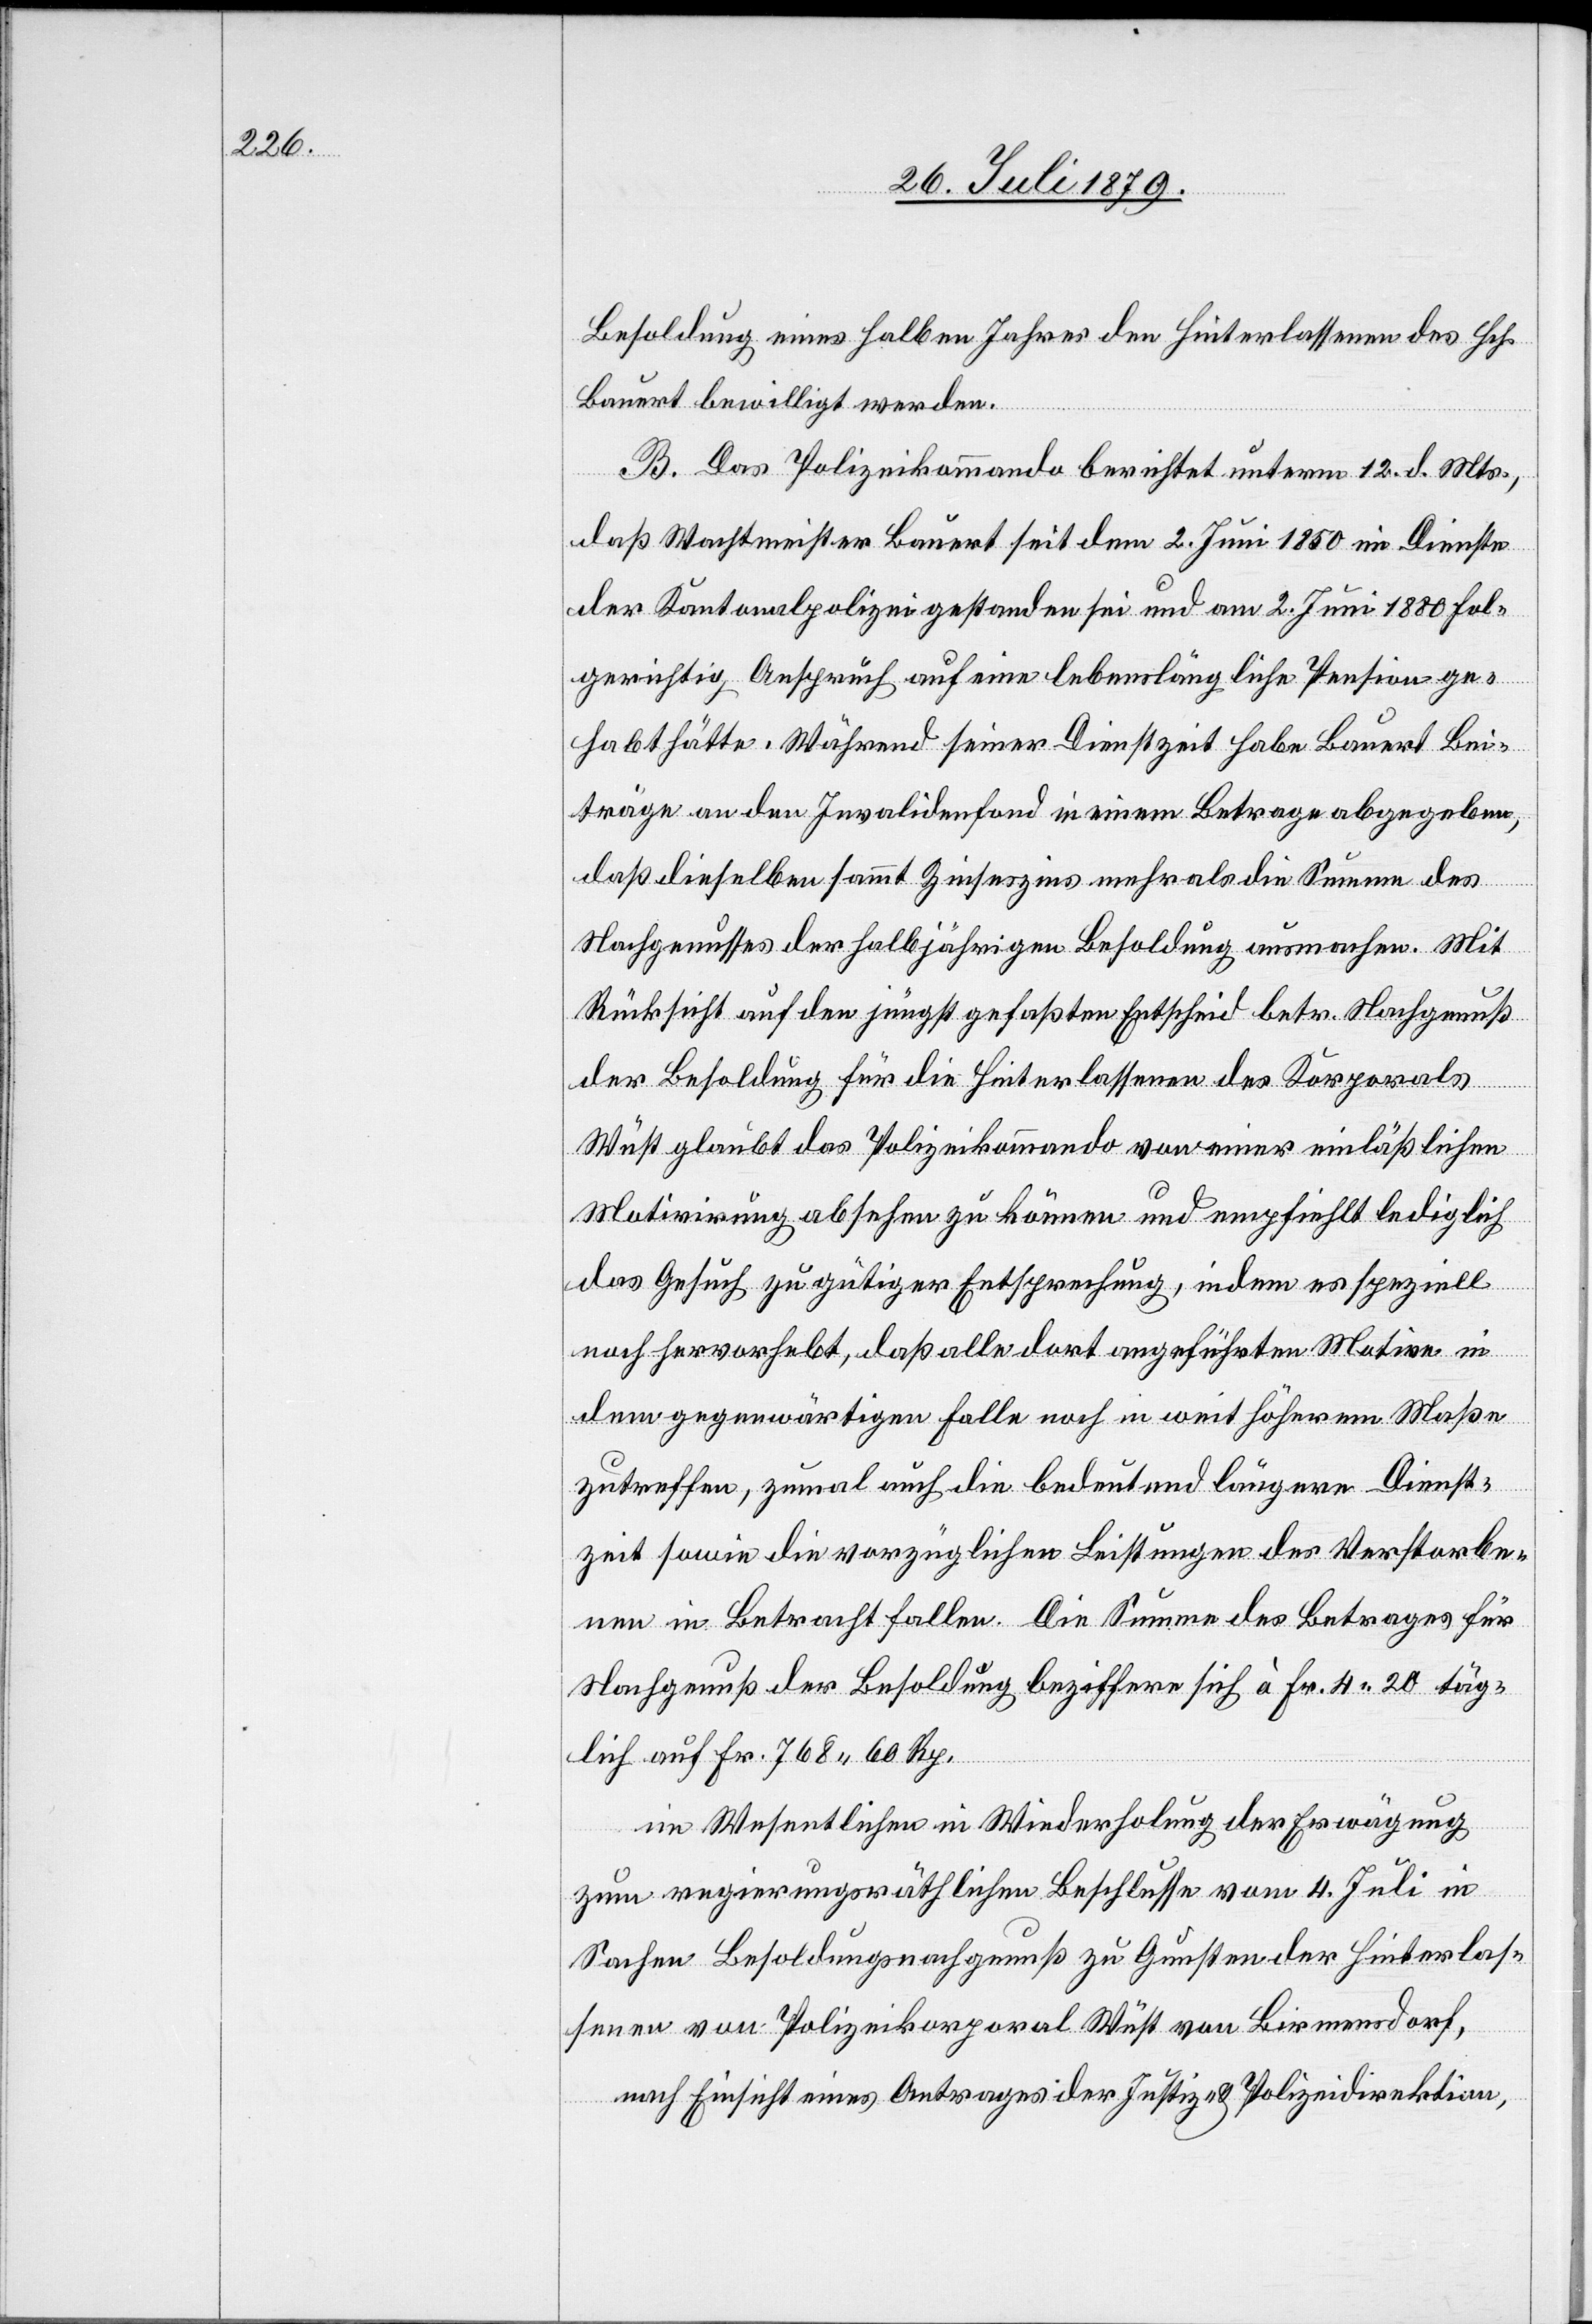
Besoldung eines halben Jahres den Hinterlassenen des Hch.
Bauert bewilligt werden.
B. Das Polizeikommando berichtet unterm 12. d. Mts.,
daß Wachtmeister Bauert seit dem 2. Juni 1850 im Dienste
der Kantonalpolizei gestanden sei und am 2. Juni 1880 fol¬
gerichtig Anspruch auf eine lebenslängliche Pension ge¬
habt hätte. Während seiner Dienstzeit habe Bauert Bei¬
träge an den Invalidenfond in einem Betrage abgegeben,
daß dieselben sammt Zinseszins mehr als die Summe des
Nachgenusses der halbjährigen Besoldung ausmachen. Mit
Rücksicht auf den jüngst gefaßten Entscheid betr. Nachgenuß
der Besoldung für die Hinterlassenen des Korporals
Wüst glaubt das Polizeikommando von einer einläßlichen
Motivirung absehen zu können und empfiehlt lediglich
das Gesuch zu gütiger Entsprechung, indem er speziell
noch hervorhebt, daß alle dort angeführten Motive in
dem gegenwärtigen Falle noch in weit höherm Maße
zutreffen, zumal auch die bedeutend längere Dienst¬
zeit sowie die vorzüglichen Leistungen der Verstorbe¬
nen in Betracht fallen. Die Summe des Betrages für
Nachgenuß der Besoldung beziffern sich à Fr. 4 20 täg¬
lich auf Fr. 768 60 Rp.
im Wesentlichen in Wiederholung der Erwägung
zum regierungsräthlichen Beschlusse vom 4. Juli in
Sachen Besoldungsnachgenuß zu Gunsten der Hinterlas¬
senen von Polizeikorporal Wüst von Birmensdorf,
nach Einsicht eines Antrages der Justiz- & Polizeidirektion,